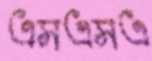
এসএসএ